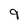
Character: 9